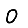
Digit: 0